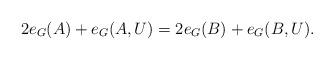
LaTeX: \begin{align*}2e_G(A) + e_G(A,U) = 2e_G(B) + e_G(B,U).\end{align*}